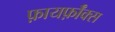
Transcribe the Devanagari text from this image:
फ़ायर्फ़ॉक्स